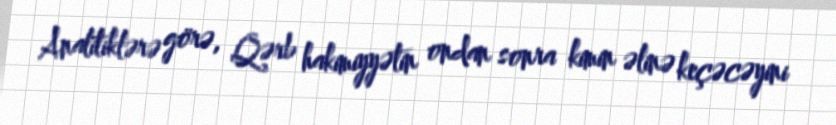
Analitiklərə görə, Qərb hakimiyyətin ondan sonra kimin əlinə keçəcəyini